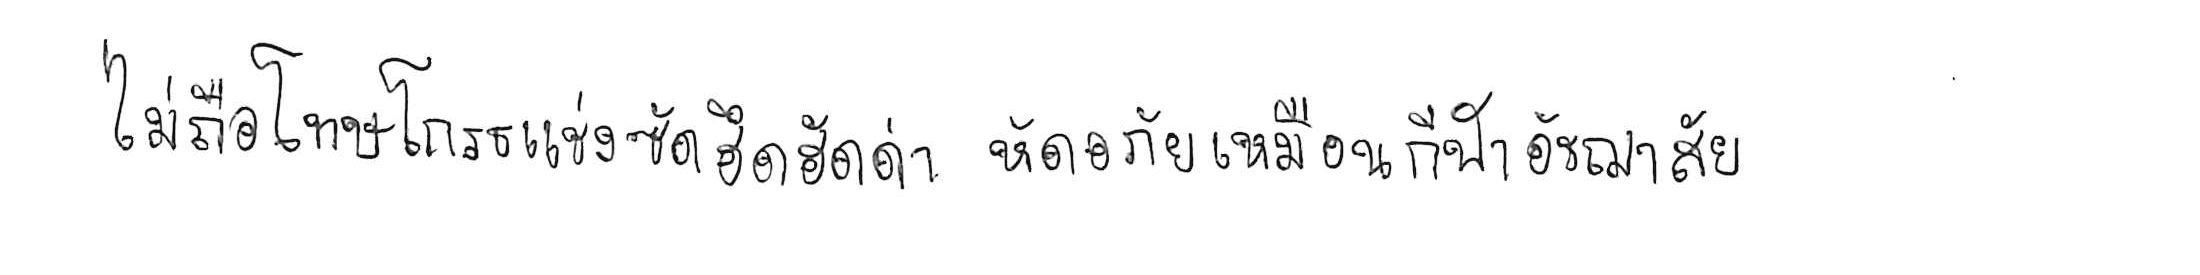
ไม่ถือโทษโกรธแช่งซัดฮึดฮัดด่า หัดอภัยเหมือนกีฬาอัชฌาสัย